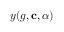
y ( g , \mathbf { c } , \alpha )